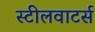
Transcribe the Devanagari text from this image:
स्टीलवाटर्स